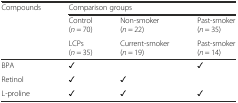
<table><thead><tr><td rowspan="3"><b>Compounds</b></td><td colspan="3"><b>Comparison groups</b></td></tr><tr><td><b>Control(<i>n</i> = 70)</b></td><td><b>Non-smoker(<i>n</i> = 22)</b></td><td><b>Past-smoker(<i>n</i> = 35)</b></td></tr><tr><td><b>LCPs(<i>n</i> = 35)</b></td><td><b>Current-smoker(<i>n</i> = 19)</b></td><td><b>Past-smoker(<i>n</i> = 14)</b></td></tr></thead><tbody><tr><td>BPA</td><td>✓</td><td></td><td>✓</td></tr><tr><td>Retinol</td><td>✓</td><td>✓</td><td></td></tr><tr><td>L-proline</td><td>✓</td><td>✓</td><td>✓</td></tr></tbody></table>